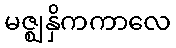
မဇ္ဈနှိကကာလေ